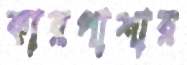
কারপাশার